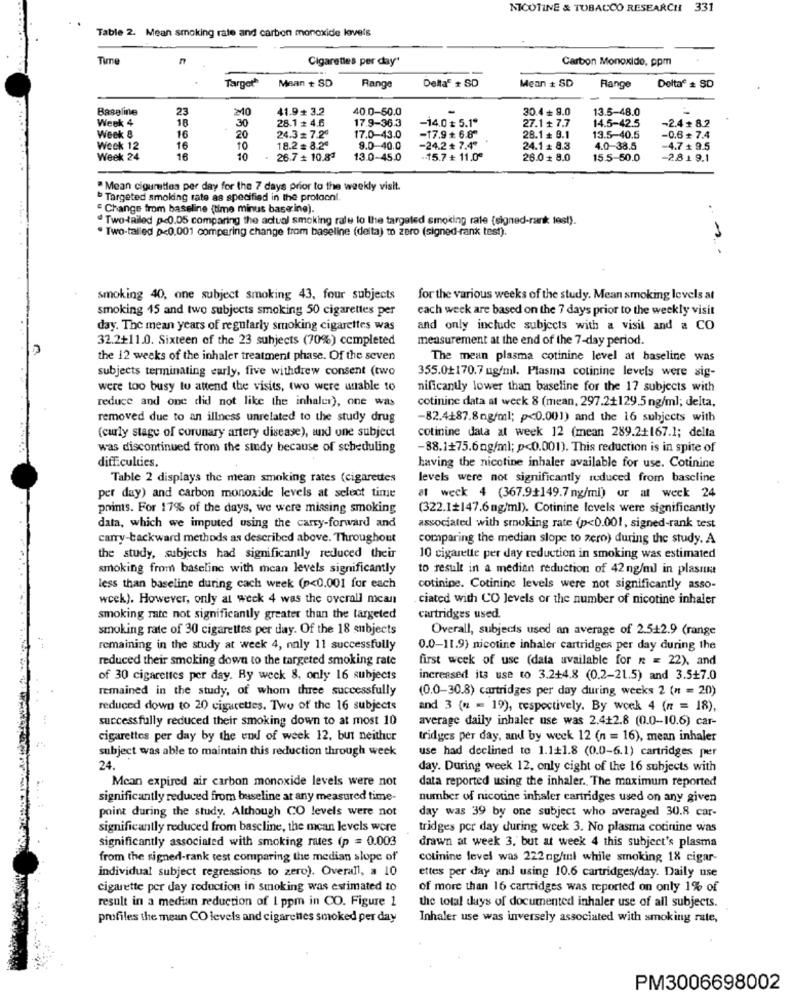
NICOTINE & TOBACCO RESEARCH
331
Table 2. Mean smoking rate and carbon monoxide levels
Cigarettes per day"
Carbon Monoxide, ppm
Target
Mean + SD
Mean + SD
Range
Delta' + SD
Range
Delta® # SD
Baseline
41.9+ 3.2
40.0-50.0
30.4 + 9.0
13.5-48.0
Week 4
23
28.1 # 4.6
-14.0 + 5.1º
14.5-42.5
-2.4 + 8.2
18
30
17.9-36.3
27.1+ 7.7
Week 8
16
20
24.3 = 7.20
17.0-43.0
-17.9 + 6.8"
28.1 + 9.1
13.5-40.5
-0.6 + 7.4
Week 12
16
10
18.2 = 8.20
9.0-40.0
-24.2+ 7.4ª
24.1 + 8.3
4.0-38.5
-4.7 + 9.5
Week 24
16
10
26.7 # 10.83
13.0-45.0
:15.7 + 11.0ª
28.0 8.0
15.5-50.0
-2.819.1
" Mean ciguretles per day for the 7 days prior to the weekly visit.
Targeted smoking rate as specified in the protoon !.
Change from baseline (time minus base ine).
" Two-tailed p<0.05 comparing the actual smoking rale to the targeted smoking rate (signed-rank test).
. Two-tailed p<0.001 compering change trom baseline (delta) to zero (signed-rank test).
smoking 40, one subject smoking 43, four subjects
for the various weeks of the study. Mean smoking levels at
smoking 15 and two subjects smoking 50 cigarettes per
each week are based on the 7 days prior to the weekly visit
day. The mean years of regularly smoking cigarettes was
and only include subjects with a visit and a CO
32.2+11.0. Sixteen of the 23 subjects (70%) completed
measurement at the end of the 7-day period.
the 12 weeks of the inhaler treatment phase. Of the seven
The mean plasma cotinine level at baseline was
subjects terminating early, five withdrew consent (two
355.0+170.7 ug/ml. Plasma cotinine levels were sig-
were too busy tu attend the visits, two were unable to
nificantly lower than baseline for the 17 subjects with
cotinine data at weck 8 (mean, 297.2+129.5 ng/ml; delta,
reduce and one did not like the inhaler), one was
removed due to an illness unrelated to the study drug
-82.4187.8ng/ml; p<0.001) and the 16 subjects with
(curly stage of coronary artery disease), and one subject
cotinine data at week 12 (mean 289.2+167.1; delta
was discontinued from the sindy because of scheduling
-88.1+75.6ng/ml; p<0.001). This reduction is in spite of
difficulties.
having the nicotine inhaler available for use. Cotinine
Table 2 displays the mean smoking rates (cigarettes
levels were not significantly reduced from baseline
per day) and carbon monoxide levels at select time
at week 4 (367.9+149.7 ng/ml) or at week 24
prints. For 17% of the days, we were missing smoking
(322.1+147.6ng/ml). Cotinine levels were significantly
data, which we imputed using the carry-forward and
associated with smoking rate (p<0.001, signed-rank test
carry-backward methods as described above. Throughout
comparing the median slope to zero) during the study. A
the study, subjects had significantly reduced their
10 cigarette per day reduction in smoking was estimated
smoking from baseline with mean levels significantly
to result in a median reduction of 42 ng/ml in plasma
less than baseline during cach week (p<0.001 for each
cotinipe. Cotinine levels were not significantly asso-
week). However, only at weck 4 was the overall mcan
ciated with CO Jevels or the number of nicotine inhaler
smoking rate not significantly greater than the targeted
cartridges used.
smoking rate of 30 cigarettes per day. Of the 18 subjects
Overall, subjects used an average of 2.5+2.9 (range
remaining in the study at week 4, only 11 successfully
0.0-11.9) nicotine inhaler cartridges per day during the
reduced their smoking down to the targeted smoking rate
first week of use (data available for n = 22), and
of 30 cigarettes per day. Ry week 8, only 16 subjects
increased its use to 3.2+4.8 (0.2-21.5) and 3.5+7.0
remained in the study, of whom three successfully
(0.0-30.8) cartridges per day during weeks 2 (n = 20)
reduced down to 20 cigarettes. Two of the 16 subjects
and 3 (n = 19), respectively. By week 4 (n = 18),
successfully reduced their smoking down to at most 10
average daily inhaler use was 2.4+2.8 (0.0-10.6) car-
cigarettes per day by the end of week 12, but neither
tridges per day, and by week 12 (n = 16), mean inhaler
subject was able to maintain this reduction through week
use had declined to 1.1+1.8 (0.0-6.1) cartridges per
24.
day. During week 12. only cight of the 16 subjects with
Mcan expired air carbon monoxide levels were not
data reported using the inhaler. The maximum reported
significantly reduced from baseline at any measured time-
number of nicotine inhaler cartridges used on any given
point during the study. Although CO levels were not
day was 39 by one subject who averaged 30.8 car-
significantly reduced from baseline, the mean levels were
tridges por day during week 3. No plasma cotinine was
significantly associated with smoking rates (p = 0.003
drawn at week 3, but at week 4 this subject's plasma
from the signed-rank test comparing the median slope of
colinine level was 222ng/ml while smoking 18 cigar-
individual subject regressions to zero). Overall, a 10
ettes per day and using 10.6 cartridges/day. Daily use
cigarette per day reduction in smoking was estimated to
of more than 16 cartridges was reported on only 1% of
result in a median reduction of 1 ppm in CO. Figure 1
the total days of documented inhaler use of all subjects.
profiles the mean CO levels and cigarettes smoked per day
Inhaler use was inversely associated with smoking rate,
PM3006698002